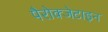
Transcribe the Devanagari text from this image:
पैरोक्जेटाइन